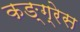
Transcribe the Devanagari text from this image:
कङ्ग्रेस